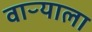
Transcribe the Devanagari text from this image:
वाऱ्याला